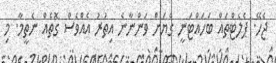
ޖެހޭ. ޕެލެޓްތައް ބަހައްޓަނީ ގެޔަށް ވަންނާނެ އިތުރު އެއްވެސް ގޮތެއް ނެތީމާ. މި